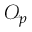
{ \mathcal { O } } _ { p }